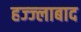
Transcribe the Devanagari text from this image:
हज्ज्लाबाद